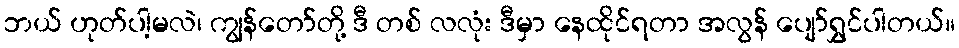
ဘယ် ဟုတ်ပါ့မလဲ၊ ကျွန်တော်တို့ ဒီ တစ် လလုံး ဒီမှာ နေထိုင်ရတာ အလွန် ပျော်ရွှင်ပါတယ်။